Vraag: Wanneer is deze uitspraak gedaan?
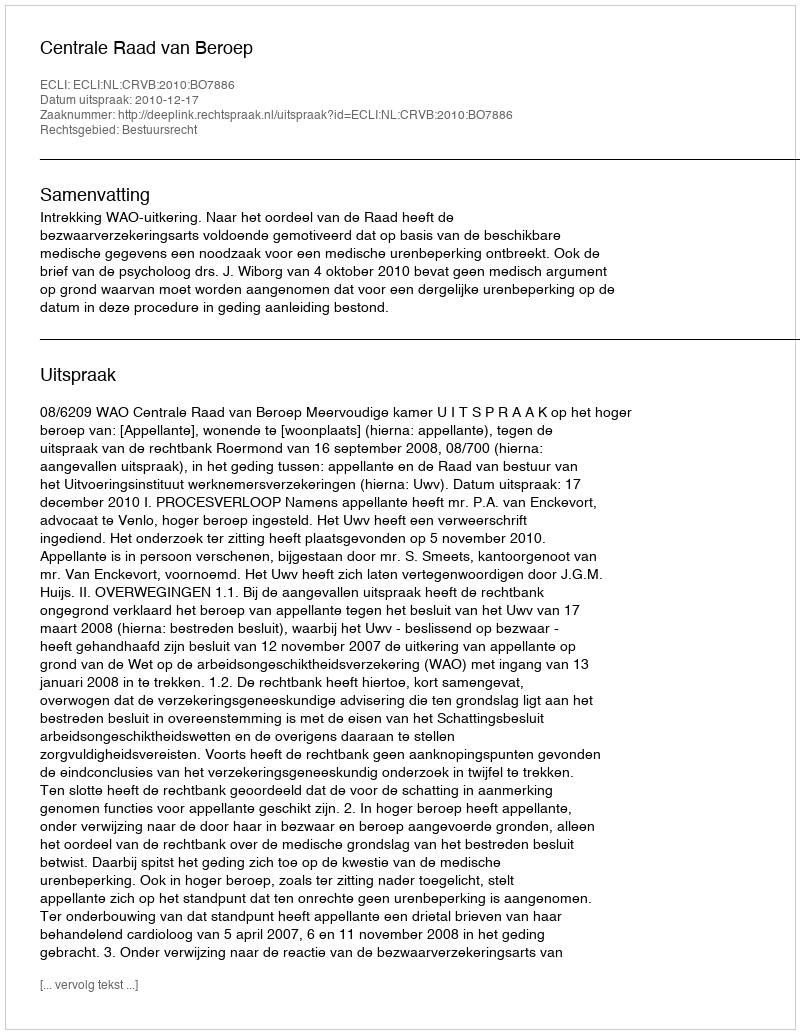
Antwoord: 2010-12-17